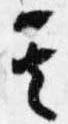
其